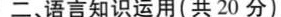
二、语言知识运用(共 20 分)